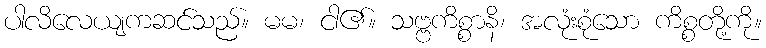
ပါလိလေယျကဆင်သည်။ မမ၊ ငါ၏။ သဗ္ဗကိစ္စာနိ၊ အလုံးစုံသော ကိစ္စတို့ကို။